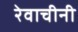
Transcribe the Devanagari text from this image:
रेवाचीनी